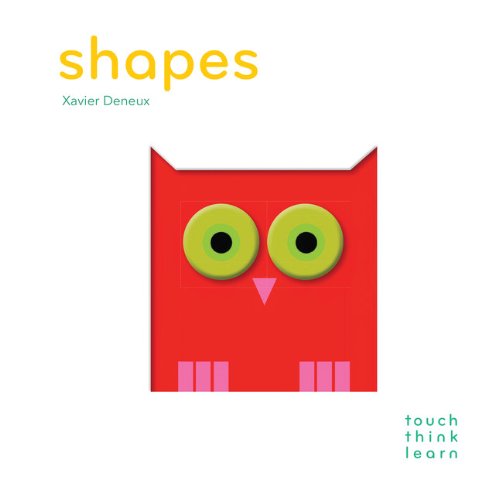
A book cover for TouchThinkLearn: Shapes; Xavier Deneux; Science & Math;